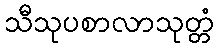
သီသုပစာလာသုတ္တံ